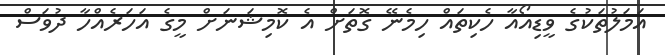
އަމަލުތަކުގެ ވީޑިއޯއާ ހެކިތައް ހިމެނޭ ގޮތަށް އެ ކޮމިޝަނަށް މީގެ އަހަރެއްހާ ދުވަސް